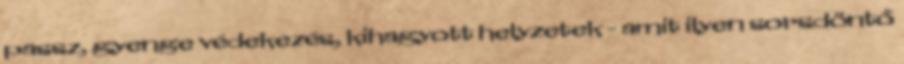
passz, gyenge védekezés, kihagyott helyzetek - amit ilyen sorsdöntő